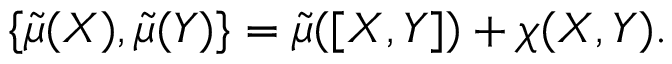
\{ \widetilde { \mu } ( X ) , \widetilde { \mu } ( Y ) \} = \widetilde { \mu } ( [ X , Y ] ) + \chi ( X , Y ) .